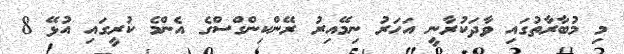
މި މުބާރާތުގައި ވާދަކުރާނީ އަހަރު ނިމޭއިރު ރޭންކިންގްސްގެ އެންމެ ކުރީގައި އުޅޭ 8